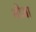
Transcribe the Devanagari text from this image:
भोआ